Leaving Certificate Examination, 1918
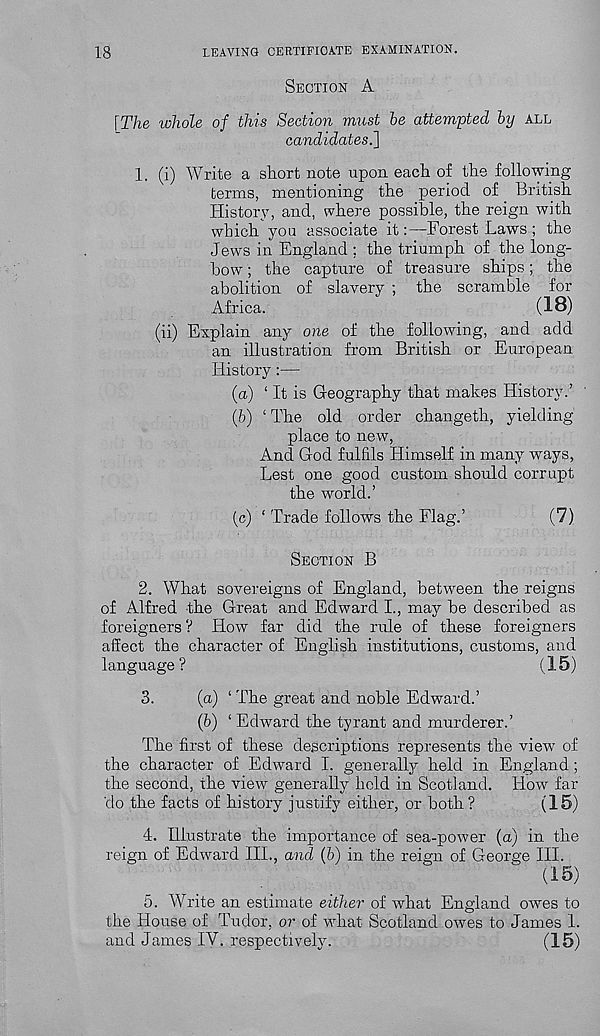
18
LEAVING CERTIFICATE EXAMINATION.
SECTION A
[The whole of this Section must he attempted by ALL
candidates.']
1. (i) Write a short note upon each of the following
terms, mentioning the period of British
History, and, where possible, the reign with
which you associate it:—Forest Laws ; the
Jews in England ; the triumph of the long-
bow ; the capture of treasure ships; the
abolition of slavery ; the scramble for
Africa.
(18)
(ii) Explain any one of the following, and add
an illustration from British or European
History:—
(a) ‘ It is Geography that makes History.’
(fc) ‘ The old order changeth, yielding
place to new,
And God fulfils Himself in many ways,
Lest one good custom should corrupt
the world.’
(c) ‘ Trade follows the Flag.’
(7)
SECTION B
2. What sovereigns of England, between the reigns
of Alfred the Great and Edward I., may be described as
foreigners V How far did the rule of these foreigners
affect the character of English institutions, customs, and
language?
(15)
3.
(a) ‘ The great and noble Edward.’
(6) ‘ Edward the tyrant and murderer.’
The first of these descriptions represents the view of
the character of Edward I. generally held in England;
the second, the view generally hold in Scotland. How far
do the facts of history justify either, or both?
(15)
4. Illustrate the importance of sea-power (a) in the
reign of Edward III., and (h) in the reign of George III.
(15)
5. Write an estimate either of what England owes to
the House of Tudor, or of what Scotland owes to James 1.
and James IV. respectively.
(15)